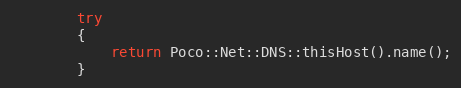
Language: C++
        try
        {
            return Poco::Net::DNS::thisHost().name();
        }